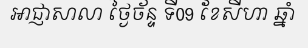
អាជ្ញាសាលា ថ្ងៃច័ន្ទ ទី09 ខែសីហា ឆ្នាំ